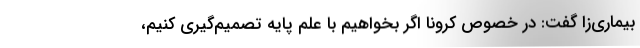
بیماری‌زا گفت: در خصوص کرونا اگر بخواهیم با علم پایه تصمیم‌گیری کنیم،